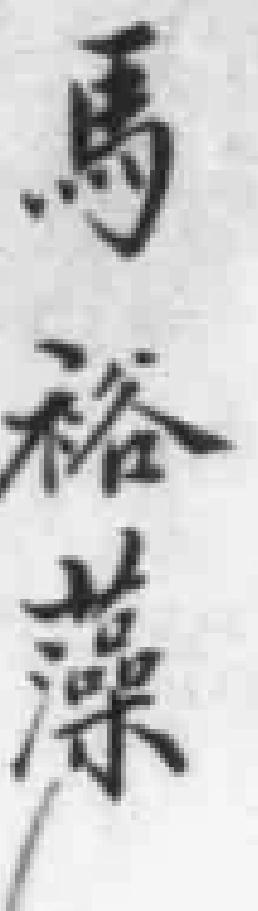
馬裕藻